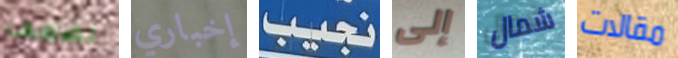
تضعف إخباري نجيب إلى شمال مقالات